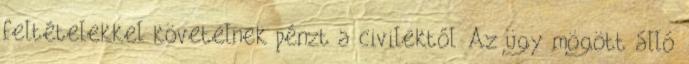
feltételekkel követelnek pénzt a civilektől. Az ügy mögött álló